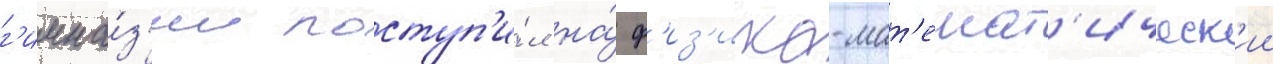
г'имна́з'ии поступ'и́л на́ ф'из'ико-мат'емат'ическ'ии